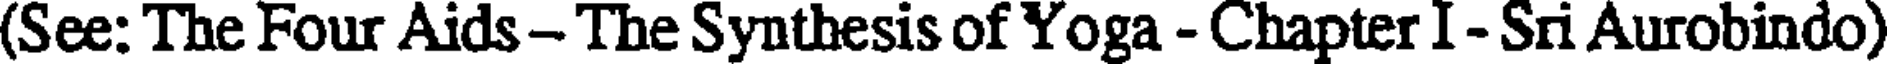
(See: The Four Aids - The Synthesis of Yoga - Chapter I - Sri Aurobindo)